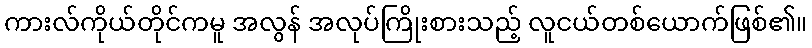
ကားလ်ကိုယ်တိုင်ကမူ အလွန် အလုပ်ကြိုးစားသည့် လူငယ်တစ်ယောက်ဖြစ်၏။